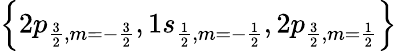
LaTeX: \left\{ 2p_{\frac{3}{2},m=-\frac{3}{2}},1s_{\frac{1}{2},m=-\frac{1}{2}},2p_{\frac{3}{2},m=\frac{1}{2}}\right\}